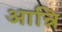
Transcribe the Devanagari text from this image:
आन्रि